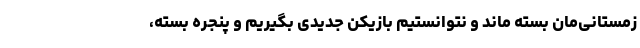
زمستانی‌مان بسته ماند و نتوانستیم بازیکن جدیدی بگیریم و پنجره‌ بسته،